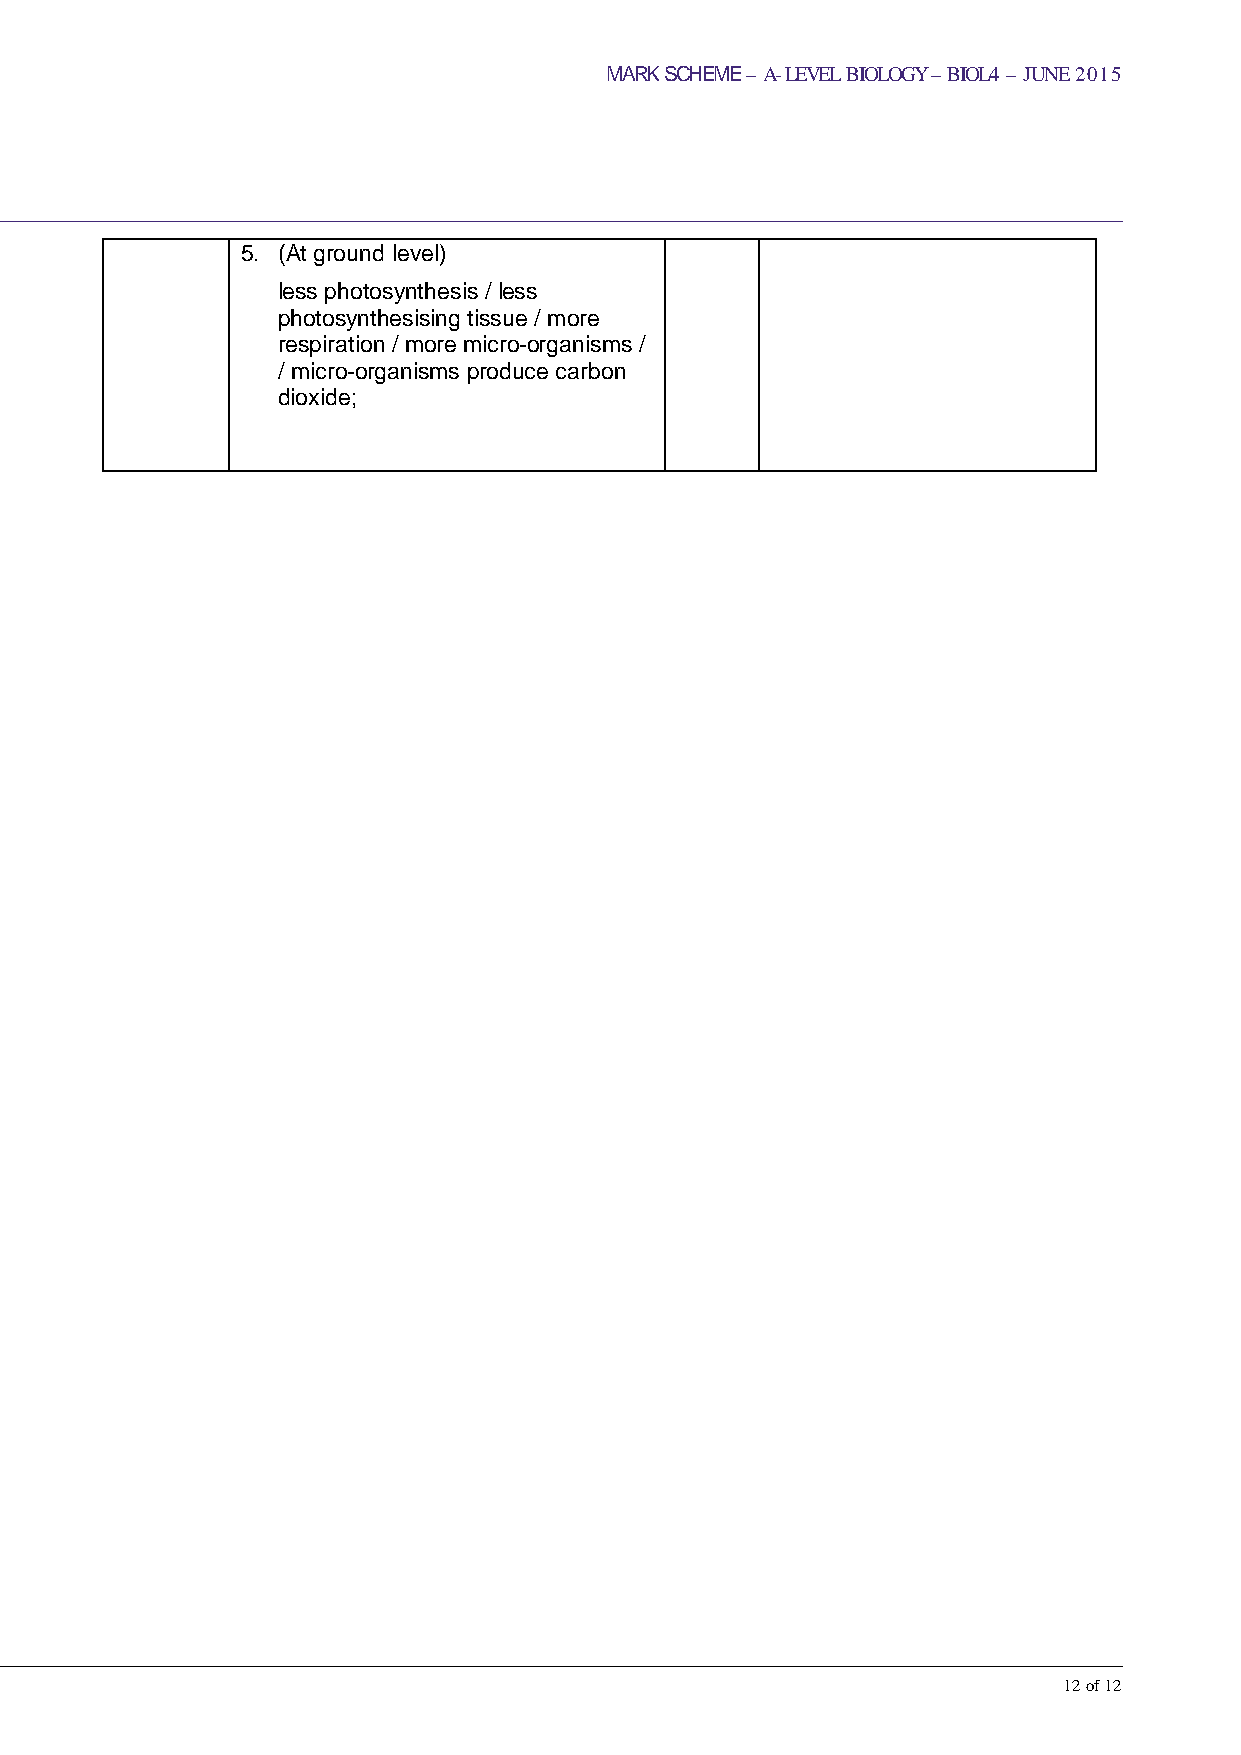
MARK SCHEME – A-LEVEL BIOLOGY – BIOL4 – JUNE 2015
 5. (At ground level)
 less photosynthesis / less
 photosynthesising tissue / more
 respiration / more micro-organisms /
 / micro-organisms produce carbon
 dioxide;
 12 of 12